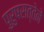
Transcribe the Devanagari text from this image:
पुरुषसत्तेने